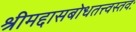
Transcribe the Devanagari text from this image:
श्रीमद्दासबोधतत्त्वस्तवः